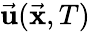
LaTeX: \vec{\mathbf u}(\vec{\mathbf x},T)